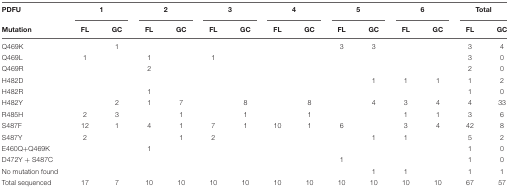
<table><thead><tr><td><b>PDFU</b></td><td colspan="2"><b>1</b></td><td colspan="2"><b>2</b></td><td colspan="2"><b>3</b></td><td colspan="2"><b>4</b></td><td colspan="2"><b>5</b></td><td colspan="2"><b>6</b></td><td colspan="2"><b>Total</b></td></tr><tr><td><b>Mutation</b></td><td><b>FL</b></td><td><b>GC</b></td><td><b>FL</b></td><td><b>GC</b></td><td><b>FL</b></td><td><b>GC</b></td><td><b>FL</b></td><td><b>GC</b></td><td><b>FL</b></td><td><b>GC</b></td><td><b>FL</b></td><td><b>GC</b></td><td><b>FL</b></td><td><b>GC</b></td></tr></thead><tbody><tr><td>Q469K</td><td></td><td>1</td><td></td><td></td><td></td><td></td><td></td><td></td><td>3</td><td>3</td><td></td><td></td><td>3</td><td>4</td></tr><tr><td>Q469L</td><td>1</td><td></td><td>1</td><td></td><td>1</td><td></td><td></td><td></td><td></td><td></td><td></td><td></td><td>3</td><td>0</td></tr><tr><td>Q469R</td><td></td><td></td><td>2</td><td></td><td></td><td></td><td></td><td></td><td></td><td></td><td></td><td></td><td>2</td><td>0</td></tr><tr><td>H482D</td><td></td><td></td><td></td><td></td><td></td><td></td><td></td><td></td><td></td><td>1</td><td>1</td><td>1</td><td>1</td><td>2</td></tr><tr><td>H482R</td><td></td><td></td><td>1</td><td></td><td></td><td></td><td></td><td></td><td></td><td></td><td></td><td></td><td>1</td><td>0</td></tr><tr><td>H482Y</td><td></td><td>2</td><td>1</td><td>7</td><td></td><td>8</td><td></td><td>8</td><td></td><td>4</td><td>3</td><td>4</td><td>4</td><td>33</td></tr><tr><td>R485H</td><td>2</td><td>3</td><td></td><td>1</td><td></td><td>1</td><td></td><td>1</td><td></td><td></td><td>1</td><td>1</td><td>3</td><td>6</td></tr><tr><td>S487F</td><td>12</td><td>1</td><td>4</td><td>1</td><td>7</td><td>1</td><td>10</td><td>1</td><td>6</td><td></td><td>3</td><td>4</td><td>42</td><td>8</td></tr><tr><td>S487Y</td><td>2</td><td></td><td></td><td>1</td><td>2</td><td></td><td></td><td></td><td></td><td>1</td><td>1</td><td></td><td>5</td><td>2</td></tr><tr><td>E460Q+Q469K</td><td></td><td></td><td>1</td><td></td><td></td><td></td><td></td><td></td><td></td><td></td><td></td><td></td><td>1</td><td>0</td></tr><tr><td>D472Y + S487C</td><td></td><td></td><td></td><td></td><td></td><td></td><td></td><td></td><td>1</td><td></td><td></td><td></td><td>1</td><td>0</td></tr><tr><td>No mutation found</td><td></td><td></td><td></td><td></td><td></td><td></td><td></td><td></td><td></td><td>1</td><td>1</td><td></td><td>1</td><td>1</td></tr><tr><td>Total sequenced</td><td>17</td><td>7</td><td>10</td><td>10</td><td>10</td><td>10</td><td>10</td><td>10</td><td>10</td><td>10</td><td>10</td><td>10</td><td>67</td><td>57</td></tr></tbody></table>